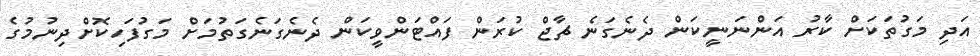
އަދި މަގުތަކަށް ކާރު އަންނަނީކަން ދެނެގަނެ ޗާޖް ކުރަން ފައްޓަންވީކަން ދެނެގަނެގަތުމަށް މަގުފަހިކޮށްދިނުމުގެ